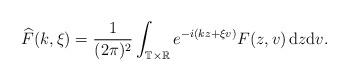
LaTeX: \begin{align*} \widehat{F}(k,\xi)=\frac{1}{(2\pi)^2}\int_{\mathbb{T}\times\mathbb{R}}e^{-i(kz+\xi v)}F(z,v)\,\mathrm{d}z\mathrm{d}v. \end{align*}